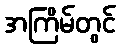
အကြိမ်တွင်